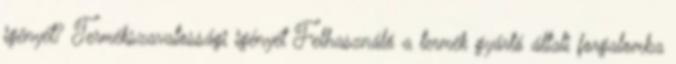
igényét? Termékszavatossági igényét Felhasználó a termék gyártó általi forgalomba